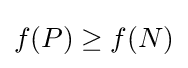
f(P)\geq f(N)